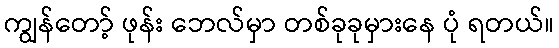
ကျွန်တော့် ဖုန်း ဘေလ်မှာ တစ်ခုခုမှားနေ ပုံ ရတယ်။